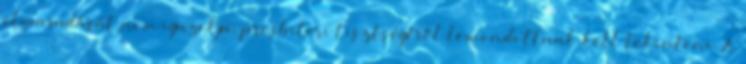
elmaradását nem igazolja, presbiteri tisztségéről lemondottnak kell tekinteni. A